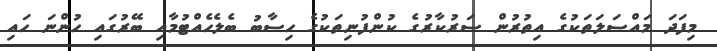
މިފަދަ މައްސަލަތަކުގެ އިތުރުން ސަރުކާރުގެ ކުންފުނިތަކުގެ ހިސާބު ބެލެހެއްޓުމާއި ބޭރުގައި ހުންނަ ހައި